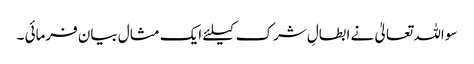
سو اللہ تعالیٰ نے ابطالِ شرک کیلئے ایک مثال بیان فرمائی ۔